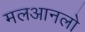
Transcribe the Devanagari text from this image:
मलआनलो